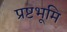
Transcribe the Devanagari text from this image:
प्रष्टभूमि